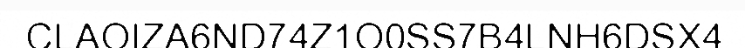
CLAOIZA6ND74Z1O0SS7B4LNH6DSX4